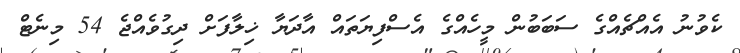
ކެވުނު އެއްޗެއްގެ ސަބަބުން މީހެއްގެ އެސްފިޔަތައް އާދަޔާ ޚިލާފަށް ދިގުވެއްޖެ 54 މިނެޓް